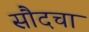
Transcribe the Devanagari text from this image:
सौदचा